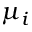
\mu _ { i }